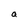
Character: a